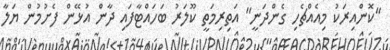
"ކޮންއިރަކު މިއެއްޗެހި ގެންދަނީ" އަތިރިމަތީ ކޫލަރު ބަހައްޓާފައި ދާން އުޅޭން ފެށުމުން ޔަލާ